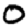
Digit: 0